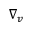
\nabla _ { v }